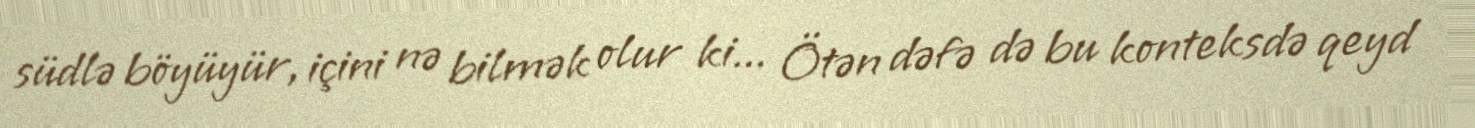
südlə böyüyür, içini nə bilmək olur ki... Ötən dəfə də bu konteksdə qeyd